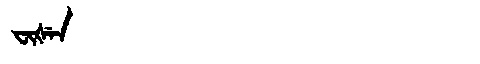
Manchu: ᠸᡳᡧᡝᠨ
Romanization: FIŠEN